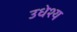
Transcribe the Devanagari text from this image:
उधेश्य